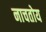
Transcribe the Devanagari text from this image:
नाचतोय